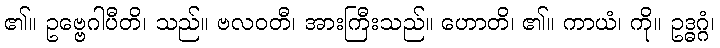
၏။ ဥဗ္ဗေဂါပီတိ၊ သည်။ ဗလဝတီ၊ အားကြီးသည်။ ဟောတိ၊ ၏။ ကာယံ၊ ကို။ ဥဒ္ဓဂ္ဂံ၊